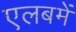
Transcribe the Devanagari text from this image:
एलबमें